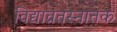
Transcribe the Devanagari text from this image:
विद्याव्रतस्नातक